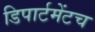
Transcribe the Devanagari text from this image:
डिपार्टमेंटच